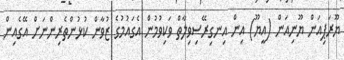
ޔޫރަޕިއަން ޔޫނިއަން (އީޔޫ) އިން އިނގިރޭސިވިލާތް ވަކިވުމުން އެގައުމުގެ ޒުވާން ކުޅުންތެރިންނަށް އޭގެއިން